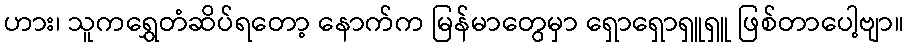
ဟား၊ သူကရွှေတံဆိပ်ရတော့ နောက်က မြန်မာတွေမှာ ရှောရှောရှူရှူ ဖြစ်တာပေါ့ဗျာ။